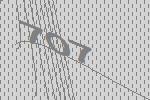
707